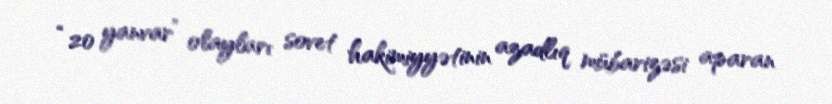
“20 yanvar” olayları sovet hakimiyyətinin azadlıq mübarizəsi aparan